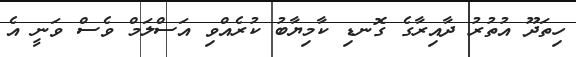
ހިތަދޫ އުތުރު ދާއިރާގެ ގޮނޑި ކާމިޔާބު ކުރެއްވި އަސްލަމް ވެސް ވަނީ އެ